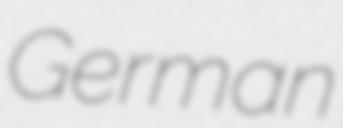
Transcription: German